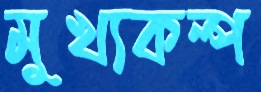
মুখ্যকল্প